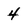
Character: 4